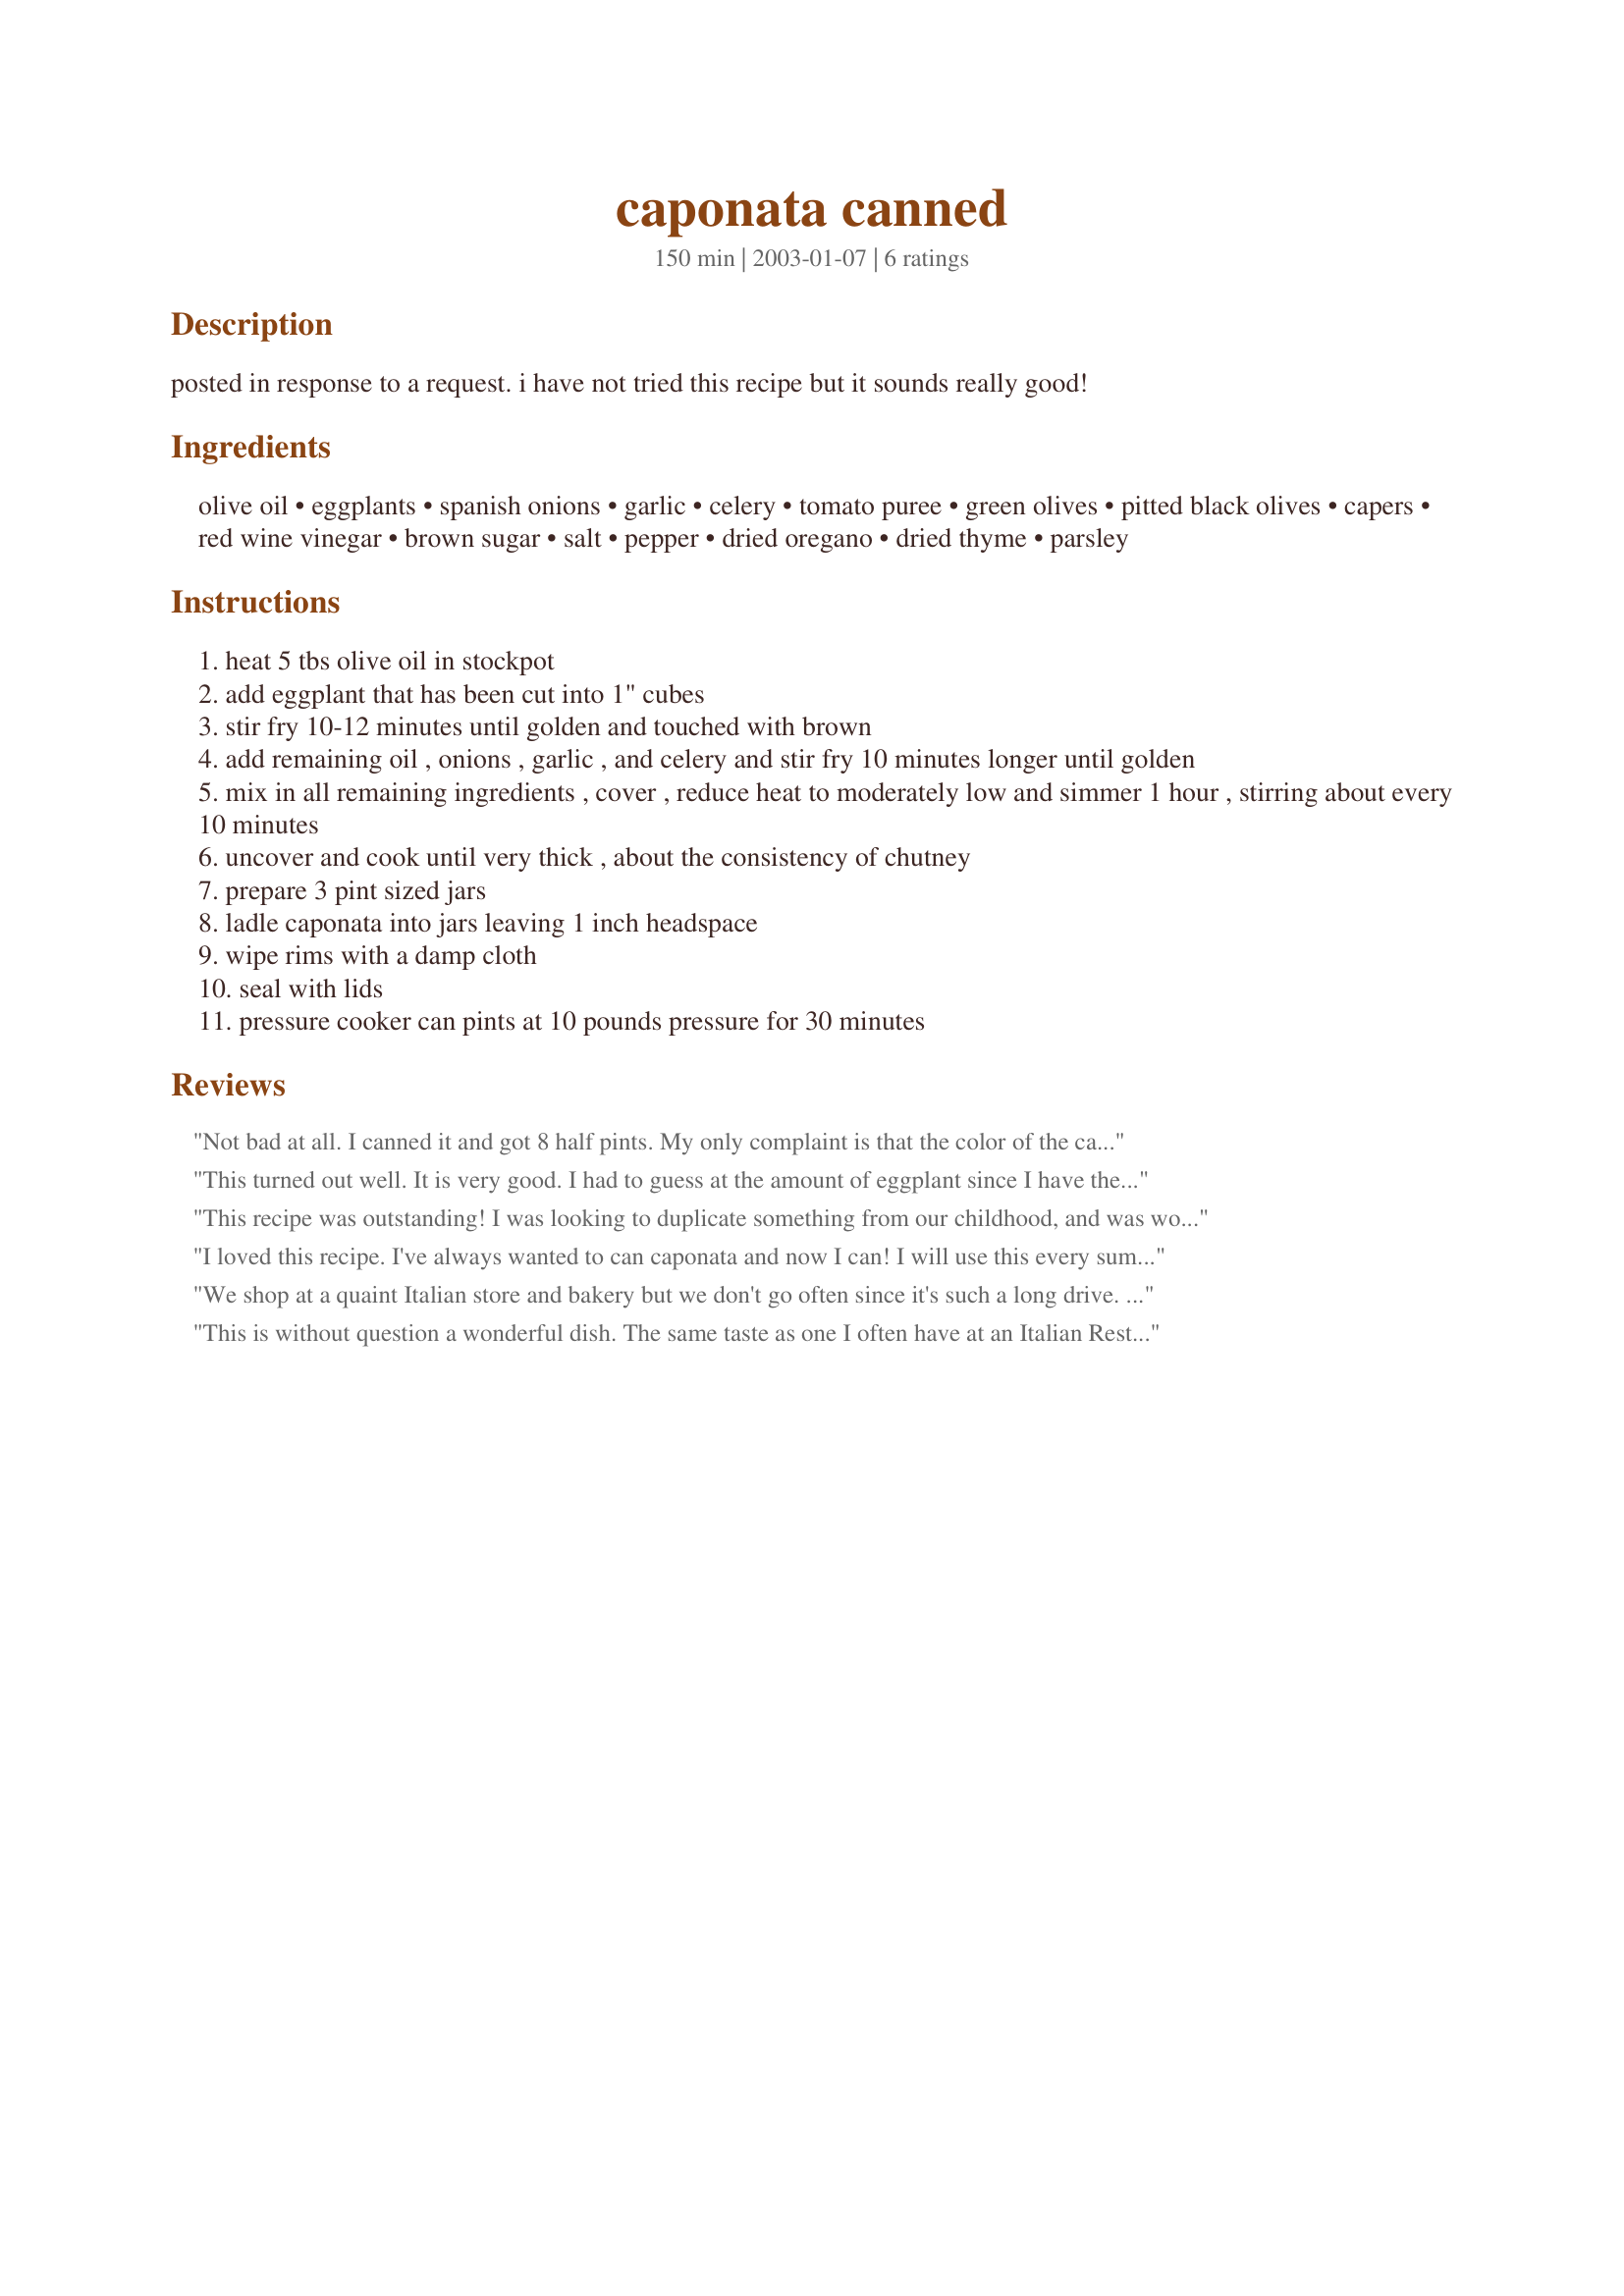
caponata canned
Preparation time: 150 minutes

posted in response to a request. i have not tried this recipe but it sounds really good!

Ingredients:
olive oil, eggplants, spanish onions, garlic, celery, tomato puree, green olives, pitted black olives, capers, red wine vinegar, brown sugar, salt, pepper, dried oregano, dried thyme, parsley

Steps:
heat 5 tbs olive oil in stockpot
add eggplant that has been cut into 1" cubes
stir fry 10-12 minutes until golden and touched with brown
add remaining oil , onions , garlic , and celery and stir fry 10 minutes longer until golden
mix in all remaining ingredients , cover , reduce heat to moderately low and simmer 1 hour , stirring about every 10 minutes
uncover and cook until very thick , about the consistency of chutney
prepare 3 pint sized jars
ladle caponata into jars leaving 1 inch headspace
wipe rims with a damp cloth
seal with lids
pressure cooker can pints at 10 pounds pressure for 30 minutes

Reviews:
Not bad at all. I canned it and got 8 half pints. My only complaint is that the color of the caponata turned grey (from the red onions and eggplant peel?). It just doesn't look very appetizing. Otherwise it's very good.
This turned out well. It is very good. I had to guess at the amount of eggplant since I have the small slender kind and most recipes are for the larger type. I will certainly make this every year.
This recipe was outstanding! I was looking to duplicate something from our childhood, and was wonderfully surprised when this turned out even better!
I loved this recipe. I've always wanted to can caponata and now I can! I will use this every summer to use up all the eggplant in my garden. Thanks!
We shop at a quaint Italian store and bakery but we don't go often since it's such a long drive. I buy canned caponata there but now that I have this recipe, I make it myself and we can have it more often. This recipe is spot on! Thanks so much!
This is without question a wonderful dish. The same taste as one I often have at an Italian Resteraunt in Oakbrook, IL.
